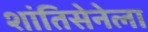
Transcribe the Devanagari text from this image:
शांतिसेनेला